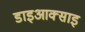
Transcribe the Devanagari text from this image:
डाइआक्साइ